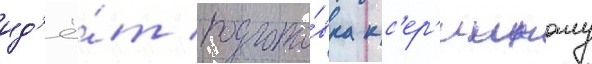
ид'ё́т подгото́вка к с'ер'ииному